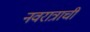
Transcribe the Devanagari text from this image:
नवरात्राची